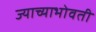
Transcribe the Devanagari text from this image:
ज्याच्याभोवती